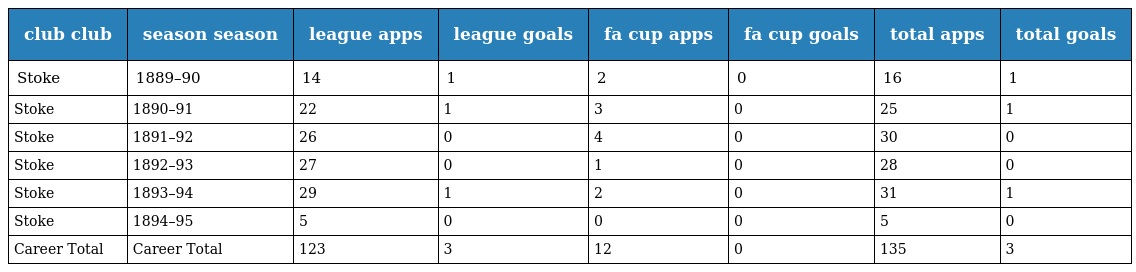
| club club | season season | league apps | league goals | fa cup apps | fa cup goals | total apps | total goals |
 | --- | --- | --- | --- | --- | --- | --- | --- |
 | Stoke | 1889–90 | 14 | 1 | 2 | 0 | 16 | 1 |
 | Stoke | 1890–91 | 22 | 1 | 3 | 0 | 25 | 1 |
 | Stoke | 1891–92 | 26 | 0 | 4 | 0 | 30 | 0 |
 | Stoke | 1892–93 | 27 | 0 | 1 | 0 | 28 | 0 |
 | Stoke | 1893–94 | 29 | 1 | 2 | 0 | 31 | 1 |
 | Stoke | 1894–95 | 5 | 0 | 0 | 0 | 5 | 0 |
 | Career Total | Career Total | 123 | 3 | 12 | 0 | 135 | 3 |